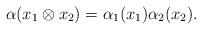
LaTeX: \begin{align*}\alpha(x_1\otimes x_2) =\alpha_1(x_1) \alpha_2(x_2).\end{align*}